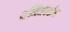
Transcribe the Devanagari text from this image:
पश्मिमेकडील